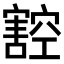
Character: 𭔠